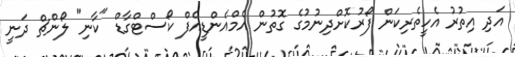
އަދި އިތުރު އެހީތެރިކަން ފޯރުކޮށްދިނުމުގެ ގޮތުން އެމްއެންޑީއެފް ކޯސްޓްގާޑް "ކާނި" ލޯންޗް ދަނީ